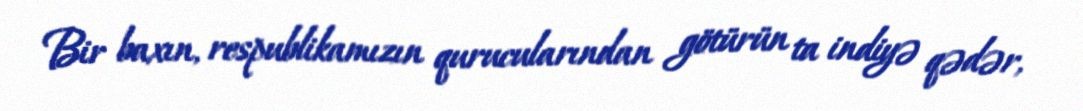
Bir baxın, respublikamızın qurucularından götürün ta indiyə qədər,